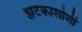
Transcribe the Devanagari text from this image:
झटकाशोशी